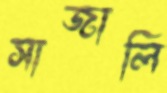
সাজালি